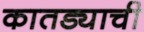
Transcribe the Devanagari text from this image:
कातड्याची